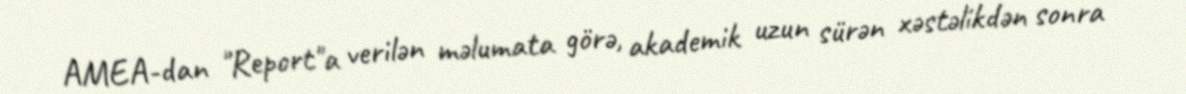
AMEA-dan "Report"a verilən məlumata görə, akademik uzun sürən xəstəlikdən sonra